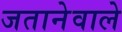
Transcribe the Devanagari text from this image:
जतानेवाले